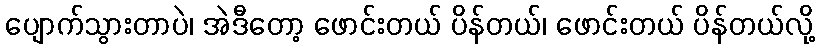
ပျောက်သွားတာပဲ၊ အဲဒီတော့ ဖောင်းတယ် ပိန်တယ်၊ ဖောင်းတယ် ပိန်တယ်လို့